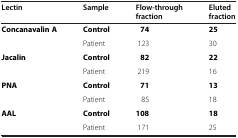
<table><thead><tr><td><b>Lectin</b></td><td><b>Sample</b></td><td><b>Flow-through fraction</b></td><td><b>Eluted fraction</b></td></tr></thead><tbody><tr><td><b>Concanavalin A</b></td><td><b>Control</b></td><td><b>74</b></td><td><b>25</b></td></tr><tr><td> </td><td>Patient</td><td>123</td><td>30</td></tr><tr><td><b>Jacalin</b></td><td><b>Control</b></td><td><b>82</b></td><td><b>22</b></td></tr><tr><td> </td><td>Patient</td><td>219</td><td>16</td></tr><tr><td><b>PNA</b></td><td><b>Control</b></td><td><b>71</b></td><td><b>13</b></td></tr><tr><td> </td><td>Patient</td><td>85</td><td>18</td></tr><tr><td><b>AAL</b></td><td><b>Control</b></td><td><b>108</b></td><td><b>18</b></td></tr><tr><td> </td><td>Patient</td><td>171</td><td>25</td></tr></tbody></table>